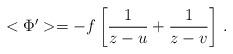
LaTeX: \begin{align*}<\Phi'>=-f\left[\frac{1}{z-u}+\frac{1}{z-v}\right]\,.\end{align*}